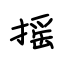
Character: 摇